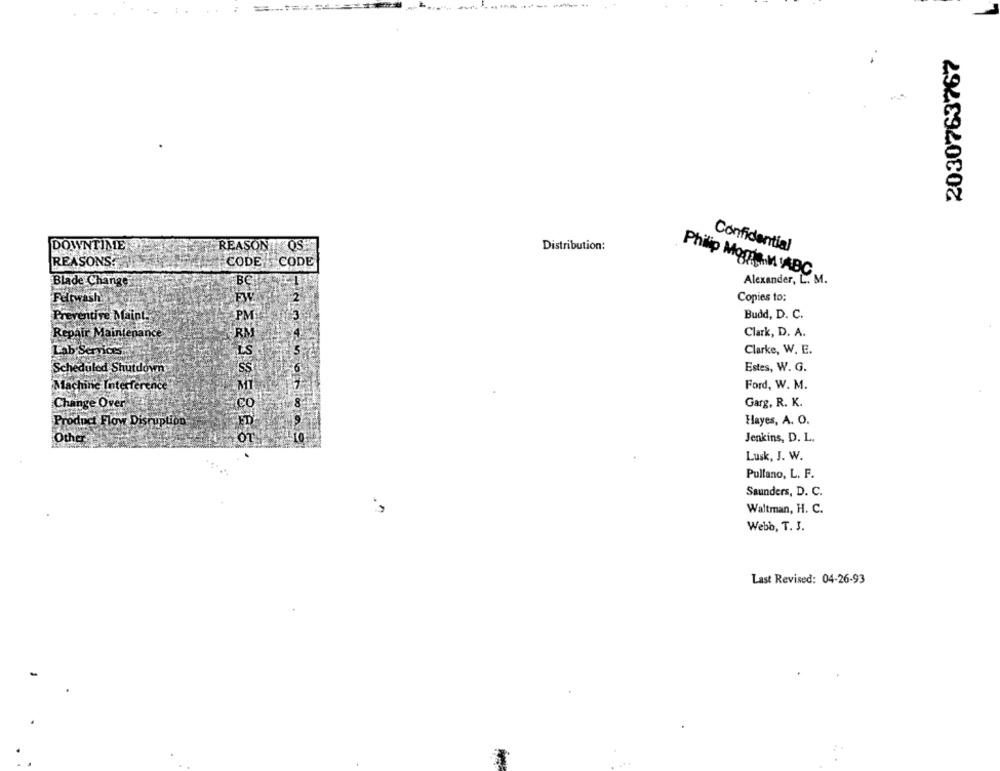
2030763767
DOWNTIME
REASONTOS"
Distribution:
Confidential
REASONS.
CODE CODE
Philip Moms ABC
Blade Change
Alexander, L. M.
Fultwash
FW
Copies to:
Preventive Maint.
PM
Budd, D. C.
Repair Maintenance
RM
Clark, D. A.
Lab Services
LS
Clarke, W. E.
Scheduled Shutdown
SS
Estes, W. G.
Ford, W. M.
Machine Interference
M
Change Over
Co
Garg, R. K.
Product Flow Disruption
Hayes, A. O.
Other
OT
Jenkins, D. L.
Lusk, J. W.
Pullano, L. F.
Saunders, D. C.
Waltman, H. C.
Webb, T. J.
Last Revised: 04-26-93